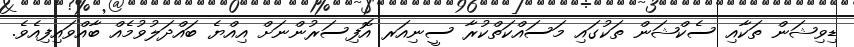
ޑިވިޝަން ތަކާއި ސެކްޝަން ތަކުގައި މަސައްކަތްކުރާ ސީނިއަރ އޮފިސަރުންނަށް އިއްޔެ ބައްދަލުވުމެއް ބާއްވައިފިއެވެ.